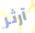
آرثر